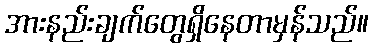
အားနည်းချက်တွေရှိနေတာမှန်သည်။